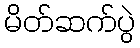
မိတ်ဆက်ပွဲ